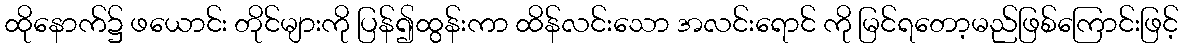
ထိုနောက်၌ ဖယောင်း တိုင်များကို ပြန်၍ထွန်းကာ ထိန်လင်းသော အလင်းရောင် ကို မြင်ရတော့မည်ဖြစ်ကြောင်းဖြင့်